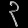
Digit: ၃